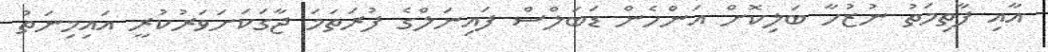
އާއި ފާތިމަތު ނުޒުހާ ބަލިކޮށް އަންހެން ޑަބަލްސް ފައިނަލްގެ ފުރަތަމަ ޖާގަކަށަވަރުކުރީ އައިމިނަތު